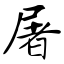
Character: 屠